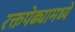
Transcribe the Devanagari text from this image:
रक्तपेढ्यामध्ये